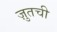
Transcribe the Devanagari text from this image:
ज़ुतची